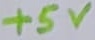
Text: +5V